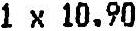
1 X 10.90